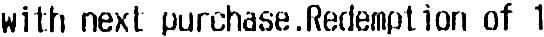
WITH NEXT PURCHASE. REDEMPTION OF 1